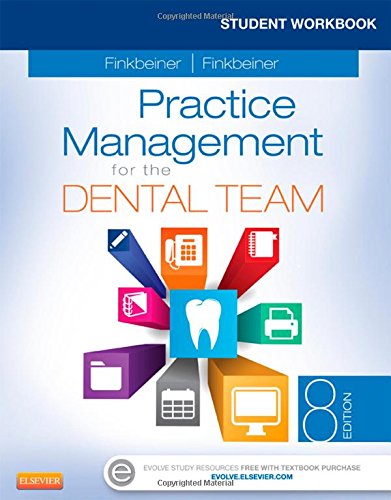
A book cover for Student Workbook for Practice Management for the Dental Team, 8e; Betty Ladley Finkbeiner CDA Emeritus  RDA  BS  MS; Medical Books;